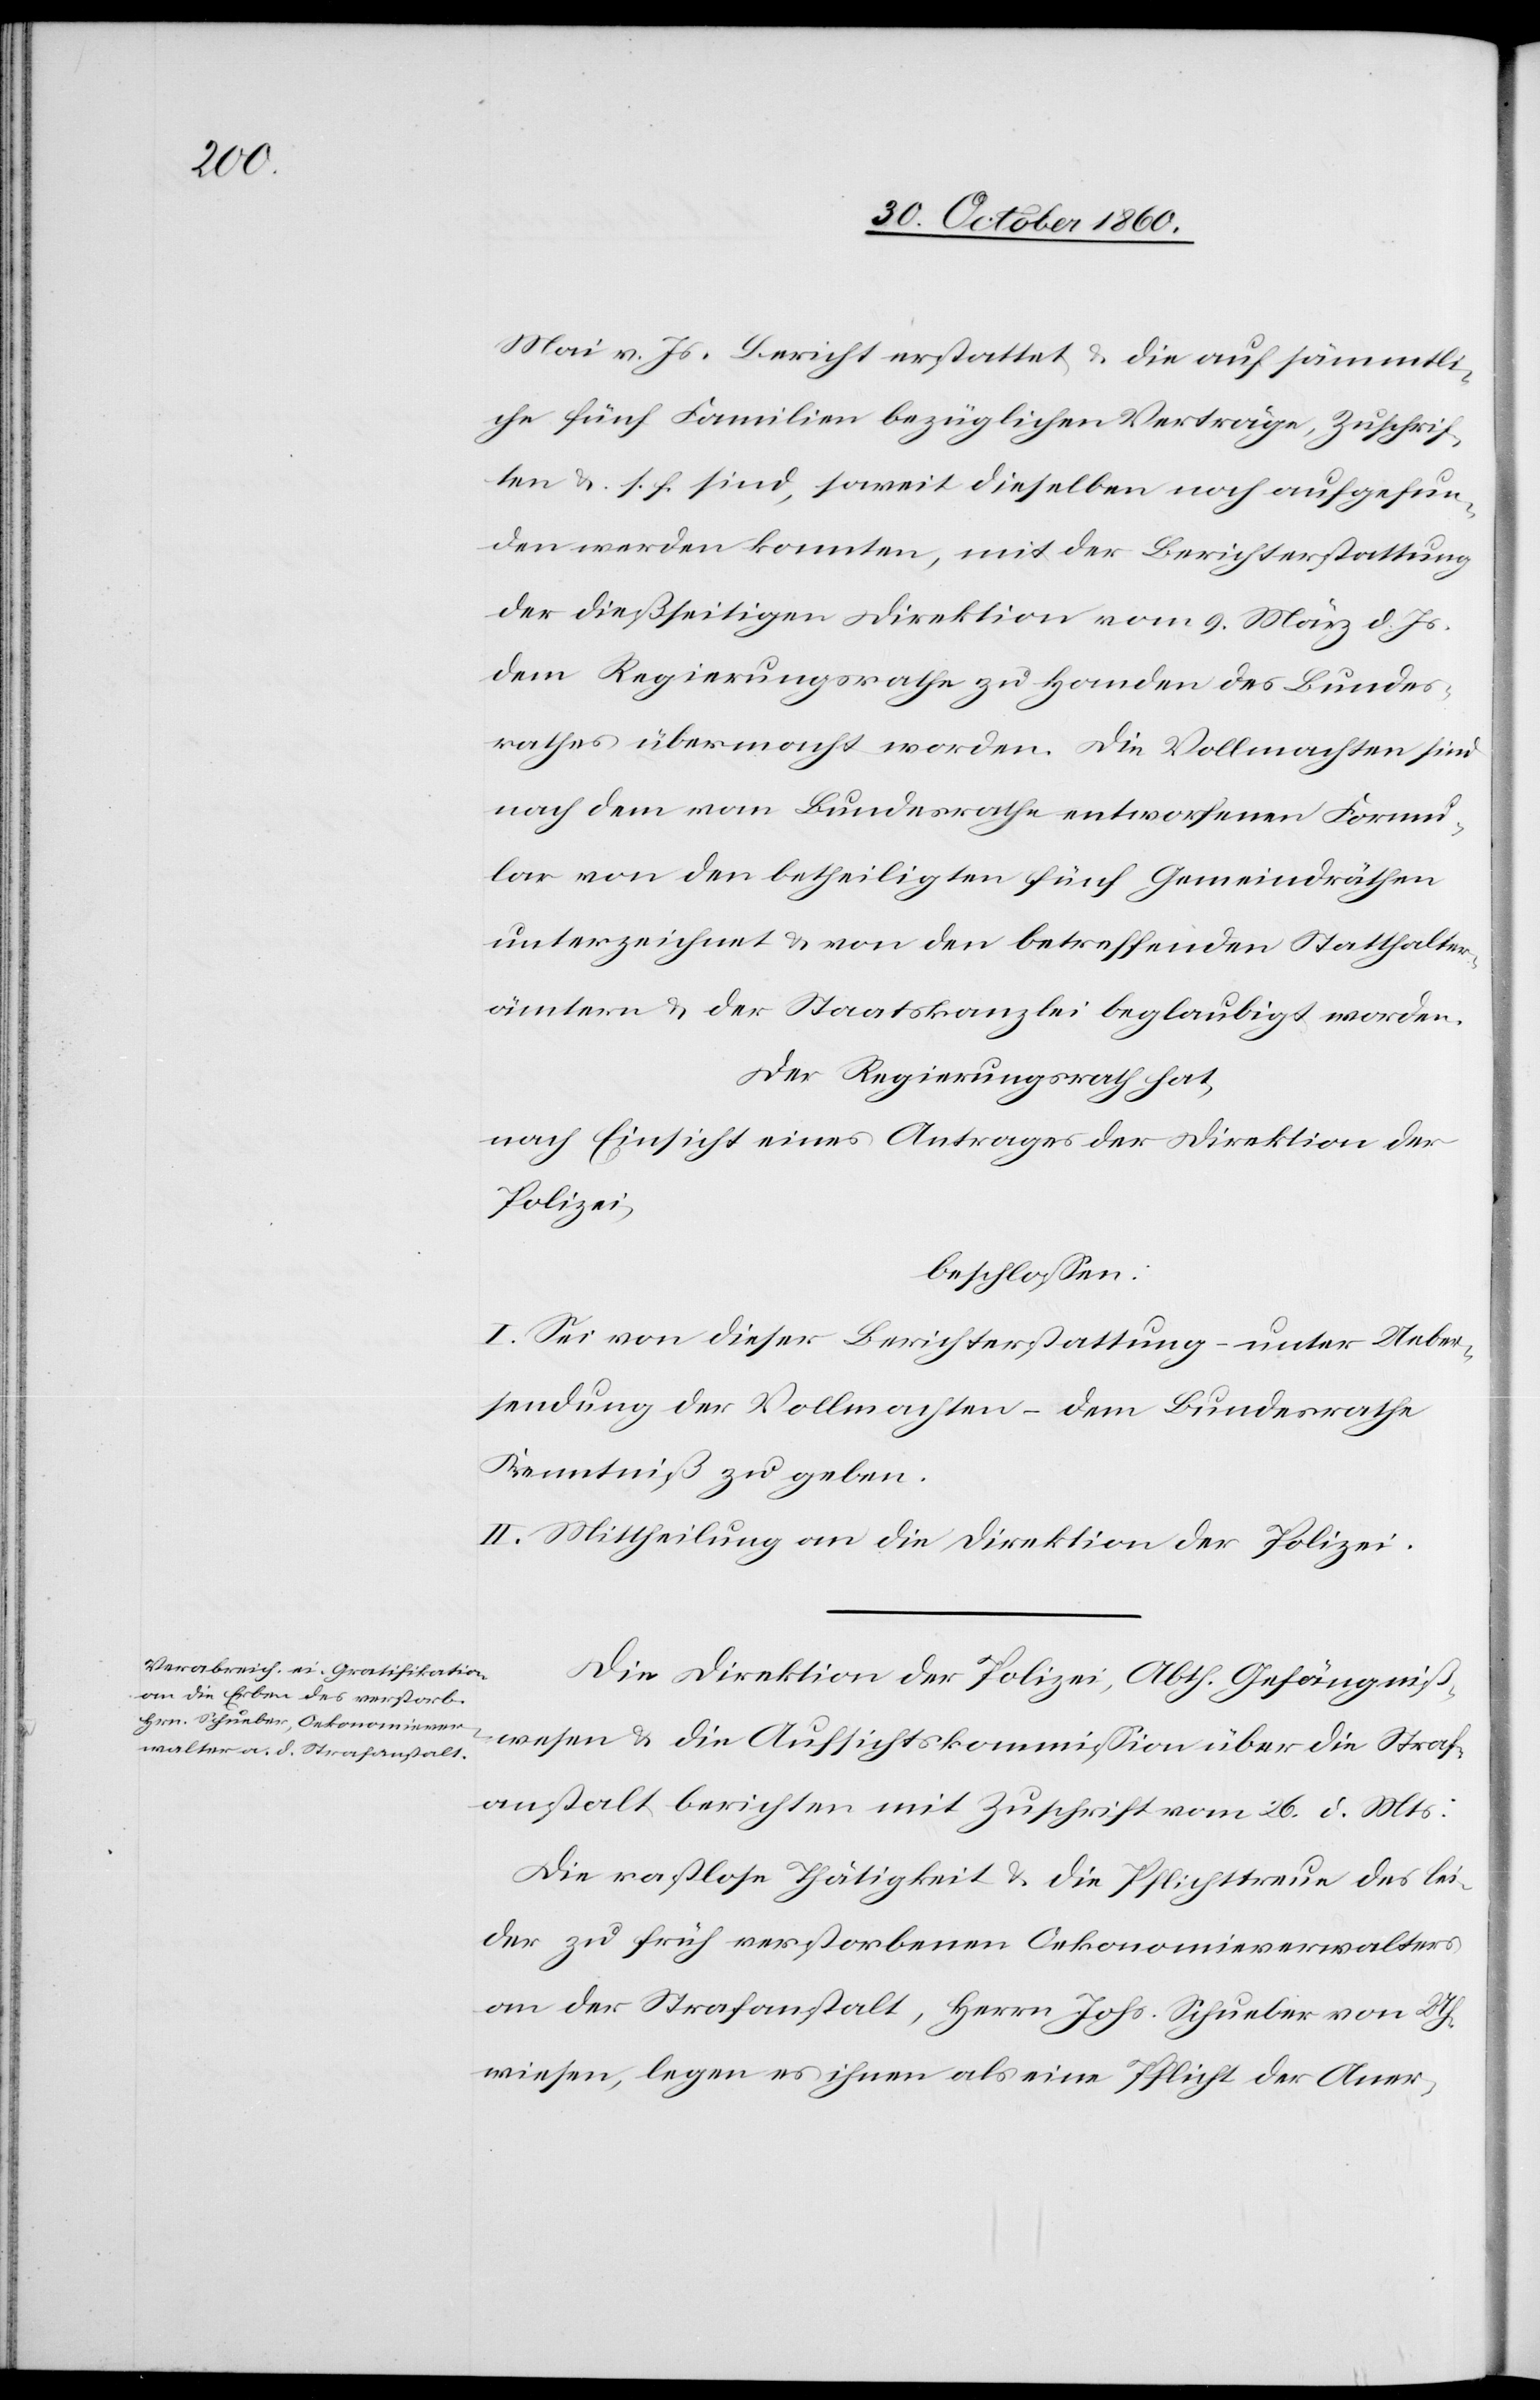
Mai v. Js. Beicht erstattet u. die auf sämmtli¬
che fünf Familien bezüglichen Verträge, Zuschrif¬
ten u. s. f. sind, soweit dieselben noch aufgefun¬
den werden konnten, mit der Berichterstattung
der dießseitigen Direktion vom 9. März d. Js.
dem Regierungsrathe zu Handen des Bundes¬
rathes übermacht worden. Die Vollmachten sind
nach dem vom Bundesrathe entworfenen Formu¬
lar von den betheiligten fünf Gemeindräthen
unterzeichnet u. von den betreffenden Statthalter¬
ämtern u. der Staatskanzlei beglaubigt worden.
Der Regierungsrath hat,
nach Einsicht eines Antrages der Direktion der
Polizei,
beschlossen:
I. Sei von dieser Berichterstattung – unter Ueber¬
sendung der Vollmachten – dem Bundesrathe
Kenntniß zu geben.
II. Mittheilung an die Direktion der Polizei.
Die Direktion der Polizei, Abth. Gefängniß¬
wesen u. die Aufsichtkommission über die Straf¬
anstalt berichten mit Zuschrift vom 26. d. Mts:
Die rastlose Thätigkeit u. die Pflichttreue des lei¬
der zu früh verstorbenen Oekonomieverwalters
an der Strafanstalt, Herrn Johs. Schueber von Uh¬
wiesen, legen es ihnen als eine Pflicht der Aner-